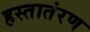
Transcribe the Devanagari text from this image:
हस्तातंरण